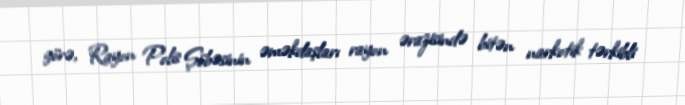
görə, Rayon Polis Şöbəsinin əməkdaşları rayon ərazisində bitən narkotik tərkibli